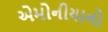
એમોનીયાનો